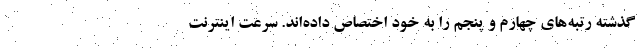
گذشته رتبه‌های چهارم و پنجم را به خود اختصاص داده‌اند. سرعت اینترنت